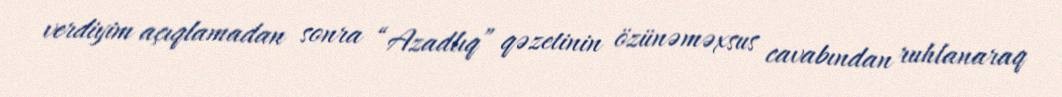
verdiyim açıqlamadan sonra “Azadlıq” qəzetinin özünəməxsus cavabından ruhlanaraq